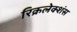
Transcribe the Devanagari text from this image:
रिक्रलेक्शंस